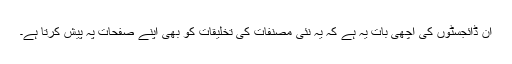
ان ڈائجسٹوں کی اچھی بات یہ ہے کہ یہ نئی مصنفات کی تخلیقات کو بھی اپنے صفحات پہ پیش کرتا ہے۔